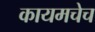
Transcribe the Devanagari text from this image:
कायमचेच